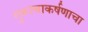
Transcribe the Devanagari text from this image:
गुरूत्वाकर्षणाचा